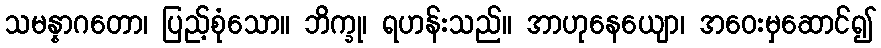
သမန္နာဂတော၊ ပြည့်စုံသော။ ဘိက္ခု၊ ရဟန်းသည်။ အာဟုနေယျော၊ အဝေးမှဆောင်၍